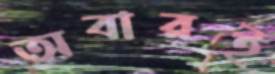
অবারই